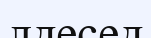
лдесед